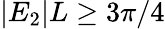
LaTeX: |E_{2}|L\ge 3\pi/4